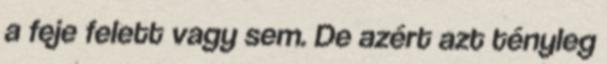
a feje felett vagy sem. De azért azt tényleg